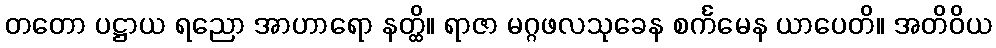
တတော ပဋ္ဌာယ ရညော အာဟာရော နတ္ထိ။ ရာဇာ မဂ္ဂဖလသုခေန စင်္ကမေန ယာပေတိ။ အတိဝိယ